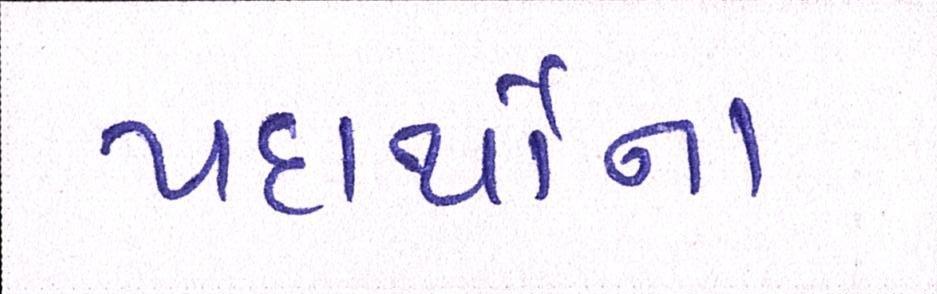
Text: પદાર્થોના